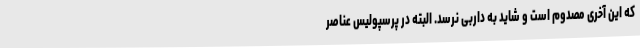
که این آخری مصدوم است و شاید به داربی نرسد. البته در پرسپولیس عناصر